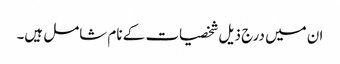
ان میں درج ذیل شخصیات کے نام شامل ہیں۔